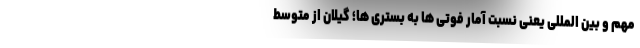
مهم و بین المللی یعنی نسبت آمار فوتی ها به بستری ها؛ گیلان از متوسط